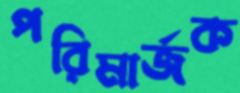
পরিমার্জক